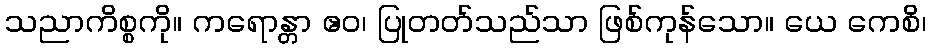
သညာကိစ္စကို။ ကရောန္တာ ဧဝ၊ ပြုတတ်သည်သာ ဖြစ်ကုန်သော။ ယေ ကေစိ၊